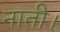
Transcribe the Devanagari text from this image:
नाती।